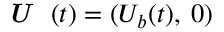
\textit { \textbf { U } } ( t ) = ( U _ { b } ( t ) , \: 0 )